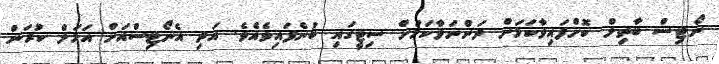
ނޯޓިސް ބާތިލް ކޮށްފައިވާކަމަށް ދަންނަވާކަމަށް ސިޓީގައި ބުނެފައިވެއެވެ. އަދި އެނޯޓިސްއަށް އަމަލް ކުރަން